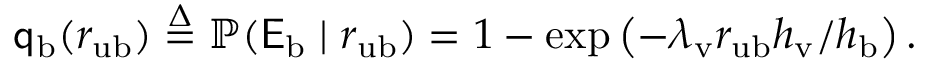
\begin{array} { r } { \mathsf { q } _ { \mathrm { b } } ( r _ { \mathrm { u } \mathrm { b } } ) \stackrel { \Delta } { = } \mathbb { P } ( \mathsf { E } _ { \mathrm { b } } \mid r _ { \mathrm { u } \mathrm { b } } ) = 1 - \exp \left( - \lambda _ { \mathrm { v } } r _ { \mathrm { u } \mathrm { b } } { h _ { \mathrm { v } } } / { h _ { \mathrm { b } } } \right) . } \end{array}